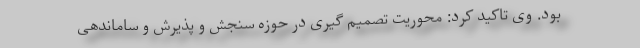
بود. وی تاکید کرد: محوریت تصمیم گیری در حوزه سنجش و پذیرش و ساماندهی